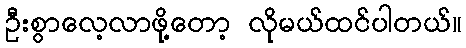
ဦးစွာလေ့လာဖို့တော့ လိုမယ်ထင်ပါတယ်။